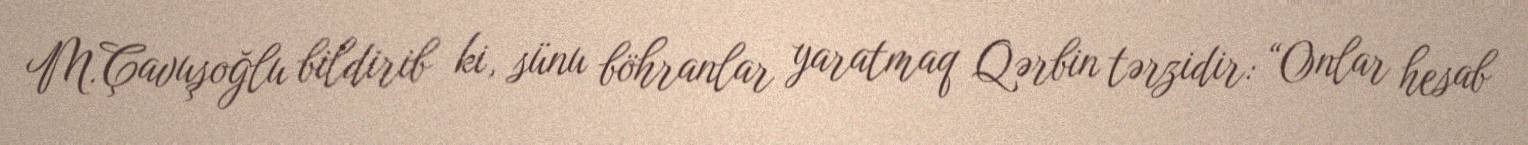
M.Çavuşoğlu bildirib ki, sünu böhranlar yaratmaq Qərbin tərzidir: “Onlar hesab